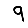
Digit: 9